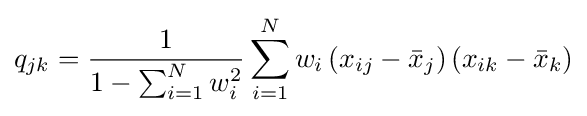
q_{jk}={\frac {1}{1-\sum _{i=1}^{N}w_{i}^{2}}}\sum _{i=1}^{N}w_{i}\left(x_{ij}-{\bar {x}}_{j}\right)\left(x_{ik}-{\bar {x}}_{k}\right)